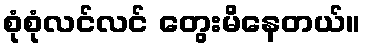
စုံစုံလင်လင် တွေးမိနေတယ်။